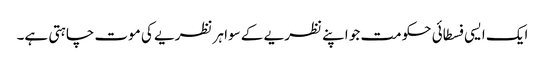
ایک ایسی فسطائی حکومت جو اپنے نظریے کے سوا ہر نظریے کی موت چاہتی ہے۔